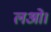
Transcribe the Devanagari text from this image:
लओ।